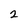
Character: 2